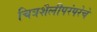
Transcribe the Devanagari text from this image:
चित्रशैलीपरंपरेचे